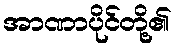
အာဏာပိုင်တို့၏